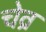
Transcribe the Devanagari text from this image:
चेव्र